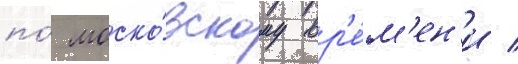
по́ моско́вскому вр'е́м'ен'и /